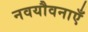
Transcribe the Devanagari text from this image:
नवयौवनाएँ